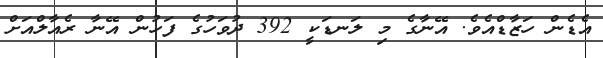
އެޑެން ހަޒާޑްއެވެ. އޭނާގެ މި ލަނޑަކީ 392 ދުވަހުގެ ފަހުން އޭނާ ރެއާލްއަށް